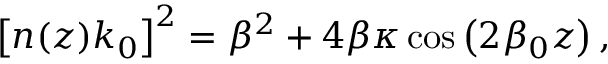
\left[ n ( z ) k _ { 0 } \right] ^ { 2 } = \beta ^ { 2 } + 4 \beta \kappa \cos \left( 2 \beta _ { 0 } z \right) ,